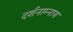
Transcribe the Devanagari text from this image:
दर्शनाम्नाय